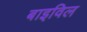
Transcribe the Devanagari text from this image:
बाइविल